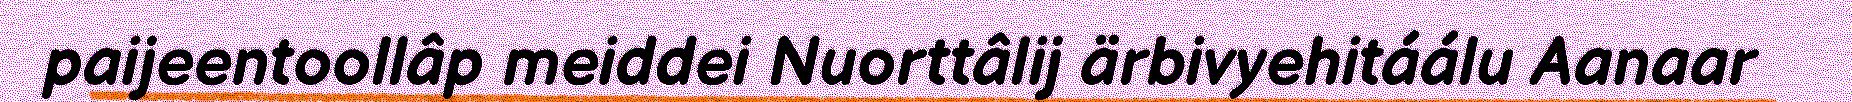
paijeentoollâp meiddei Nuorttâlij ärbivyehitáálu Aanaar